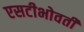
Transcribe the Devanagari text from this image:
एसटीभोवती